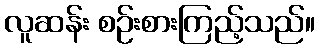
လူဆန်း စဉ်းစားကြည့်သည်။